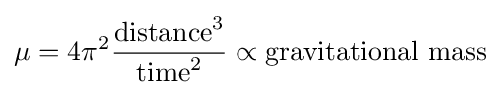
\mu =4\pi ^{2}{\frac {{\text{distance}}^{3}}{{\text{time}}^{2}}}\propto {\text{gravitational mass}}